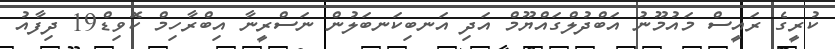
ކުރީގެ ރައީސް މައުމޫނު އަބްދުލްގައްޔޫމް އަދި އަނބިކަނބަލުން ނަސްރީނާ އިބްރާހިމް ކޮވިޑް19 ދިފާއު